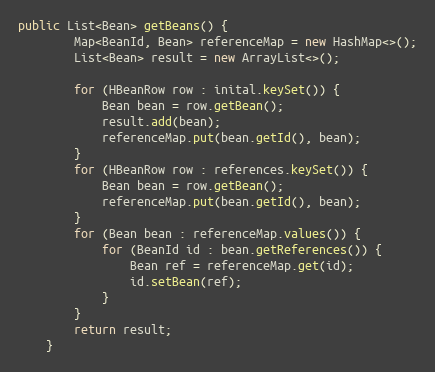
Language: Java
public List<Bean> getBeans() {
        Map<BeanId, Bean> referenceMap = new HashMap<>();
        List<Bean> result = new ArrayList<>();

        for (HBeanRow row : inital.keySet()) {
            Bean bean = row.getBean();
            result.add(bean);
            referenceMap.put(bean.getId(), bean);
        }
        for (HBeanRow row : references.keySet()) {
            Bean bean = row.getBean();
            referenceMap.put(bean.getId(), bean);
        }
        for (Bean bean : referenceMap.values()) {
            for (BeanId id : bean.getReferences()) {
                Bean ref = referenceMap.get(id);
                id.setBean(ref);
            }
        }
        return result;
    }